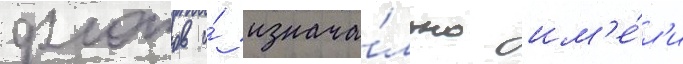
флотов и́ изнача́льно им'е́л'и